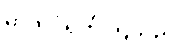
ဓာတ်ပုံရိုက်ကြသည်